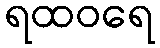
ရထဝရေ